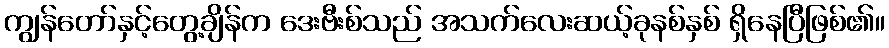
ကျွန်တော်နှင့်တွေ့ချိန်က ဒေးဗီးစ်သည် အသက်လေးဆယ့်ခုနစ်နှစ် ရှိနေပြီဖြစ်၏။